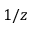
1 / z